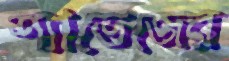
শ্যাভেজের